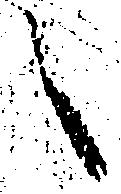
之